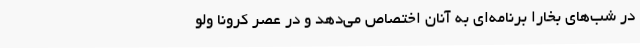
در شب‌های بخارا برنامه‌ای به آنان اختصاص می‌دهد و در عصر کرونا ولو